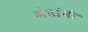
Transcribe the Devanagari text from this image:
शेतांनी